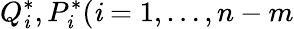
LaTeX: Q_{\mathit{i}}^{\ast},P_{\mathit{i}}^{\ast}(\mathit{i}=1,\dots,n-m